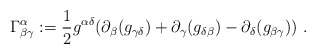
\begin{align*}\Gamma^\alpha_{\beta\gamma} : = \frac{1}{2} g^{\alpha\delta} (\partial_\beta (g_{\gamma\delta}) + \partial_\gamma (g_{\delta\beta}) - \partial_\delta (g_{\beta\gamma}))\ .\end{align*}